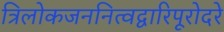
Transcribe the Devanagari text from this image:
त्रिलोकजननित्वद्वारिपूरोदरे